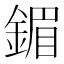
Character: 鎇